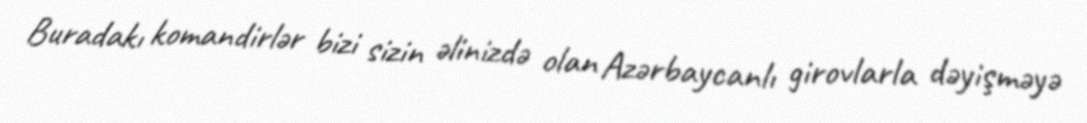
Buradakı komandirlər bizi sizin əlinizdə olan Azərbaycanlı girovlarla dəyişməyə